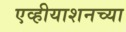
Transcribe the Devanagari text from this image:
एव्हीयाशनच्या